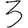
Digit: 3